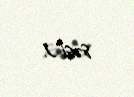
səsi").